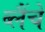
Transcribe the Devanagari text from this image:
ब्लैंचे